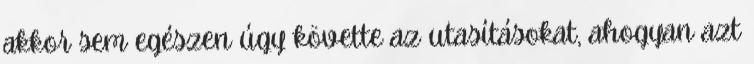
akkor sem egészen úgy követte az utasításokat, ahogyan azt